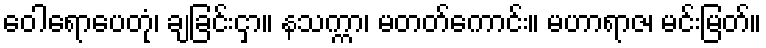
ဝေါရောပေတုံ၊ ချခြင်းငှာ။ နသက္ကာ၊ မတတ်ကောင်း။ မဟာရာဇ၊ မင်းမြတ်။